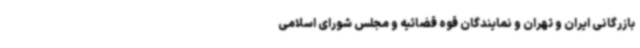
بازرگانی ایران و تهران و نمایندگان قوه قضائیه و مجلس شورای اسلامی